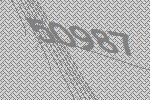
50987